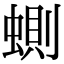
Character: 𧍡